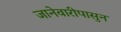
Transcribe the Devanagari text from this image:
जानेवारीपासुन